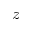
z